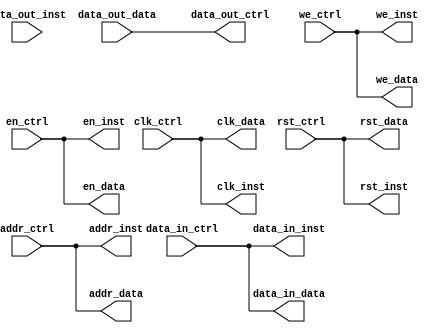
module hapara_bram_dma_dup_v1_0 #
	(
		parameter integer DATA_WIDTH	= 32
	)
	(
		input   [DATA_WIDTH - 1 : 0] addr_ctrl,
        input   [DATA_WIDTH - 1 : 0] data_in_ctrl,
        output  [DATA_WIDTH - 1 : 0] data_out_ctrl,
        input   [DATA_WIDTH / 8 - 1 : 0] we_ctrl,
        input   clk_ctrl,
        input   rst_ctrl,
        input   en_ctrl,
        output  [DATA_WIDTH - 1 : 0] addr_inst,
        output  [DATA_WIDTH - 1 : 0] data_in_inst,
        input   [DATA_WIDTH - 1 : 0] data_out_inst,
        output  [DATA_WIDTH / 8 - 1 : 0] we_inst,
        output  clk_inst,
        output  rst_inst,
        output  en_inst,
        output  [DATA_WIDTH - 1 : 0] addr_data,
        output  [DATA_WIDTH - 1 : 0] data_in_data,
        input   [DATA_WIDTH - 1 : 0] data_out_data,
        output  [DATA_WIDTH / 8 - 1 : 0] we_data,
        output  clk_data,
        output  rst_data,
        output  en_data
	);
    assign  clk_inst = clk_ctrl;
    assign  clk_data = clk_ctrl;
    assign  rst_inst = rst_ctrl;
    assign  rst_data = rst_ctrl;
    assign  we_inst = we_ctrl;
    assign  we_data = we_ctrl;
    assign  addr_inst = addr_ctrl;
    assign  addr_data = addr_ctrl;
    assign  data_in_inst = data_in_ctrl;
    assign  data_in_data = data_in_ctrl;
    assign  en_inst = en_ctrl;
    assign  en_data = en_ctrl;
    assign  data_out_ctrl = data_out_data;
	endmodule